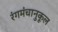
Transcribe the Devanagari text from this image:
रंगमंचानुकूल